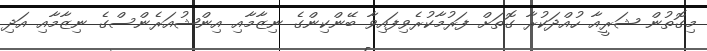
މިގޮތުން ޝަރީއާ ހުއްދަކުރާ ގޮތަށް ފަރުމާކުރެވިފައިވާ ބޭންކިންގެ ނިޒާމާއި އިންޝުއަރެންސްގެ ނިޒާމާއި އަދި